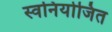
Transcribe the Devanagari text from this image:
स्वनियोजित